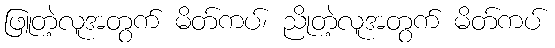
ဖြူတဲ့လူအတွက် မိတ်ကပ်၊ ညိုတဲ့လူအတွက် မိတ်ကပ်